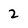
Character: 2